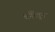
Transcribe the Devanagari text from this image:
वगैरेंतून